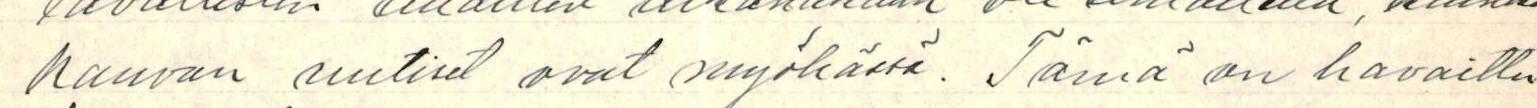
kauvan uutiset ovat myöhässä. Tämä on havaittu